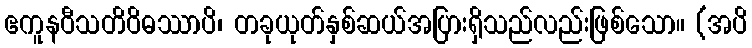
ဧကူနဝီသတိဝိဓဿာပိ၊ တခုယုတ်နှစ်ဆယ်အပြားရှိသည်လည်းဖြစ်သော။ (အပိ